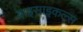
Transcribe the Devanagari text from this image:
बाइसाइकल्स